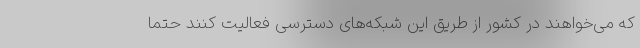
که می‌خواهند در کشور از طریق این شبکه‌های دسترسی فعالیت کنند حتماً